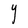
Character: Y